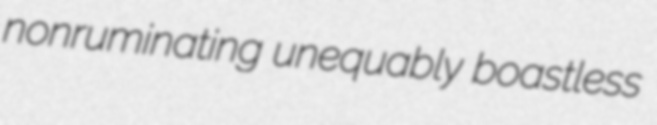
nonruminating unequably boastless